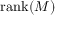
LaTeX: \mathrm { { r a n k } } ( M )